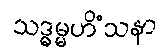
သဒ္ဓမ္မဟိံသနာ